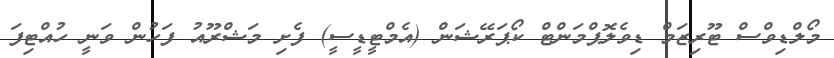
މޯލްޑިވްސް ޓޫރިޒަމް ޑިވެލޮޕްމަންޓް ކޯޕަރޭޝަން (އެމްޓީޑީސީ) ފެށި މަޝްރޫއު ފަހުން ވަނީ ހުއްޓިފަ